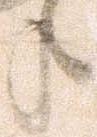
年